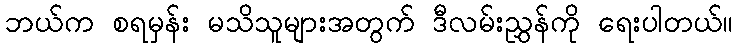
ဘယ်က စရမှန်း မသိသူများအတွက် ဒီလမ်းညွှန်ကို ရေးပါတယ်။